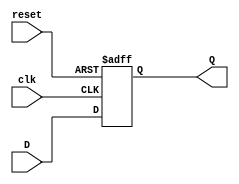
module FlipflopD (input clk, reset, input [3:0] D, output reg [3:0] Q);

	always @(posedge clk or posedge reset) begin
		if (reset) 
			Q <= 3'b0;
	else
		Q <= D;
	end
endmodule